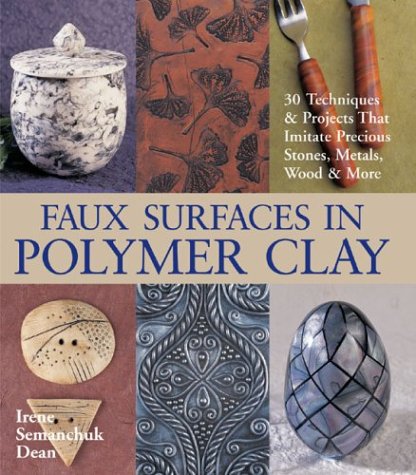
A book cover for Faux Surfaces in Polymer Clay: 30 Techniques & Projects That Imitate Precious Stones, Metals, Wood & More; Irene Semanchuk Dean; Crafts, Hobbies & Home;